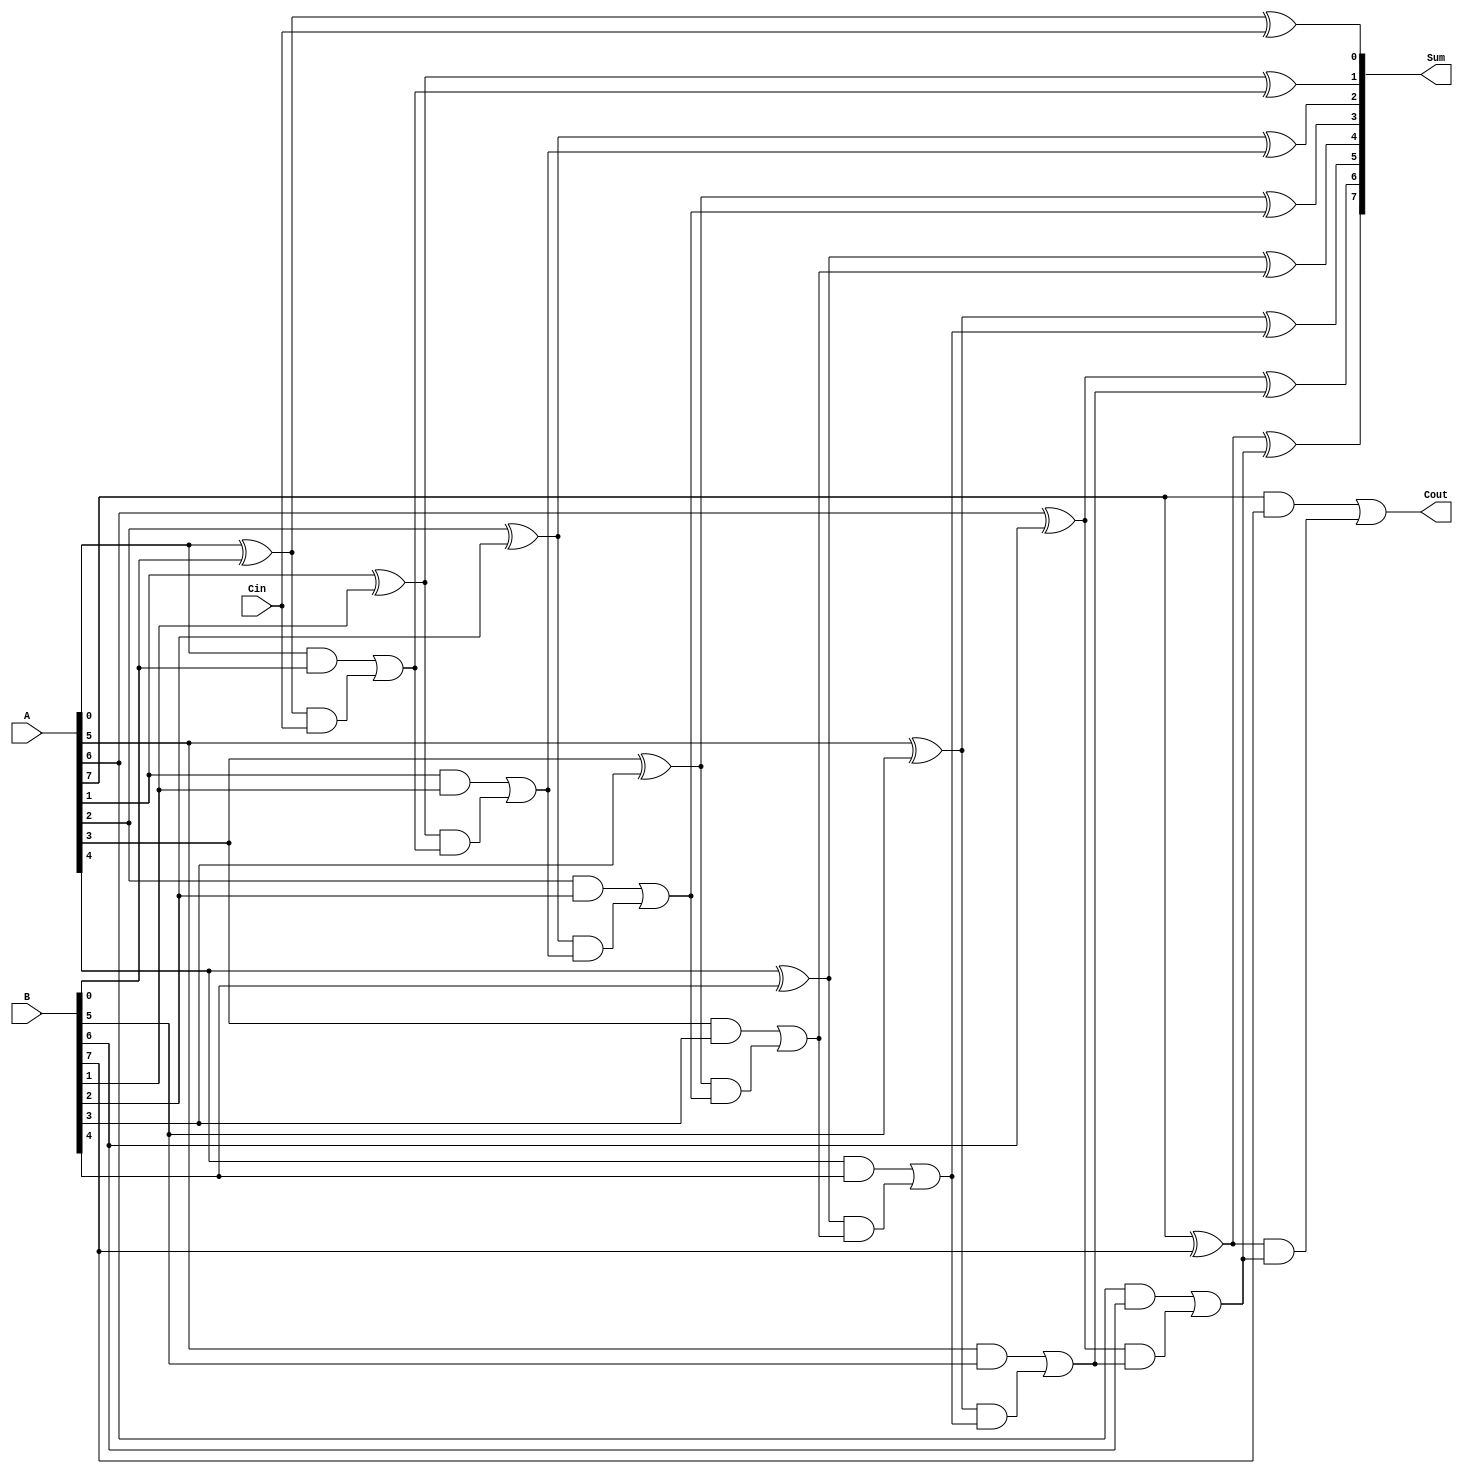
module ManchesterCarryChainAdder #(
    parameter n = 8  // Define the width of the inputs
)(
    input [n-1:0] A,    // First input
    input [n-1:0] B,    // Second input
    input Cin,          // Carry-in input
    output [n-1:0] Sum, // Sum output
    output Cout         // Carry-out output
);

    // Intermediate signals for generate and propagate
    wire [n-1:0] G; // Generate signals
    wire [n-1:0] P; // Propagate signals
    wire [n:0] C;   // Carry signals (C[0] is Cin)

    // Generate and propagate logic
    genvar i;
    generate
        for (i = 0; i < n; i = i + 1) begin : gen_prop
            assign G[i] = A[i] & B[i]; // Generate
            assign P[i] = A[i] ^ B[i]; // Propagate
        end
    endgenerate

    // Carry logic (carry chain)
    assign C[0] = Cin; // Initial carry input
    generate
        for (i = 0; i < n; i = i + 1) begin : carry_chain
            assign C[i + 1] = G[i] | (P[i] & C[i]); // Carry generation
        end
    endgenerate

    // Sum calculation
    generate
        for (i = 0; i < n; i = i + 1) begin : sum_calc
            assign Sum[i] = P[i] ^ C[i]; // Sum calculation
        end
    endgenerate

    // Carry-out
    assign Cout = C[n]; // Final carry-out

endmodule